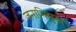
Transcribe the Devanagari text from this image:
जनाभिमुख